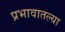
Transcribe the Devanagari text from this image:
प्रभावातल्या